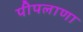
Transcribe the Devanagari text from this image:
पीपलाणा